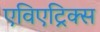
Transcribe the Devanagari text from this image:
एविएट्रिक्स